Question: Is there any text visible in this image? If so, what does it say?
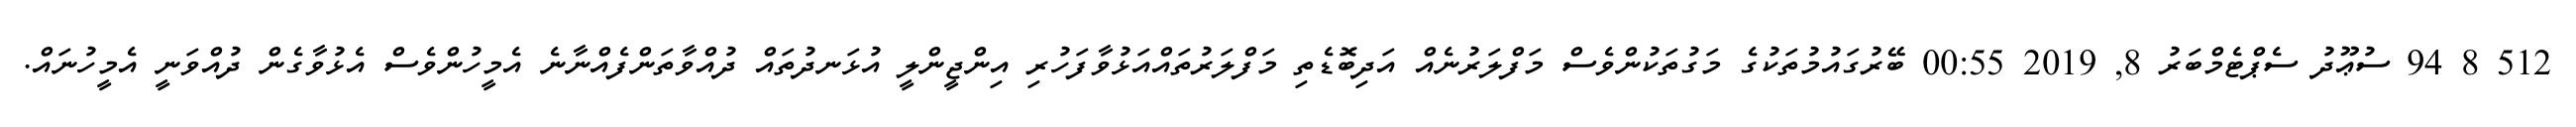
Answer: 512 8 94 ސުޢޫދު ސެޕްޓެމްބަރު 8, 2019 00:55 ބޭރުގައުމުތަކުގެ މަގުތަކުންވެސް މަފްލަރުނެއް އަދިބޮޑެތި މަފްލަރުތައްއަޅުވާފަހުރި އިންޖީންލީ އުޅަނދުތައް ދުއްވާތަންފެއްނާނެ އެމީހުންވެސް އެޅުވާގެން ދުއްވަނީ އެމީހުނައް.